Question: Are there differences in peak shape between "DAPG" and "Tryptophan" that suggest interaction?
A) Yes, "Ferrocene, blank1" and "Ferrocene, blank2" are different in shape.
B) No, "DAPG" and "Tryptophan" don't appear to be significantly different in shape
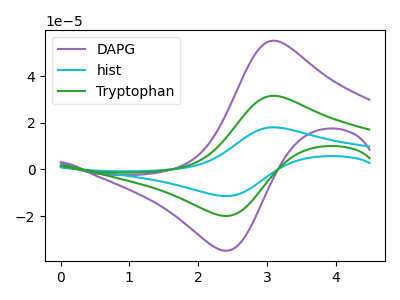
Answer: <think>The purple curve "DAPG" has an anodic peak at (3.10V, 55.10uA) and a cathodic peak at (2.35V, -34.70uA). The cyan curve "hist" has an anodic peak at (3.10V, 63.05uA) and a cathodic peak at (2.35V, -39.70uA). The green curve "Tryptophan" has an anodic peak at (3.10V, 31.55uA) and a cathodic peak at (2.35V, -19.85uA).
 All the peaks in "DAPG" have a peak in "Tryptophan" at the same potential. Every peak in "DAPG" is higher than every peak in "Tryptophan".</think>
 <answer>B) No, "DAPG" and "Tryptophan" don't appear to be significantly different in shape</answer>
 <eval>B</eval>